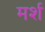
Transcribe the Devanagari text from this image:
मर्श